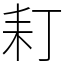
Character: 耓